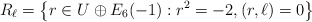
\begin{align*}R_\ell = \left\{r \in U \oplus E_6(-1) : r^2 = -2, (r,\ell) = 0\right\}\end{align*}